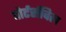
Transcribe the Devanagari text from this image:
पोर्टर्सविल